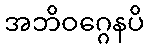
အဘိဝဂ္ဂေနပိ